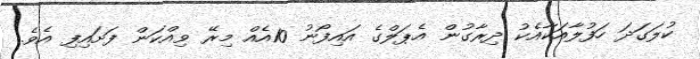
ކުލަގަދަ ހަފުލާއަކާއެކު ދިރާގުން އެޕަލްގެ އައިފޯނު 10އެއް މިރޭ ވިއްކަން ފަށައިފި އެވެ.